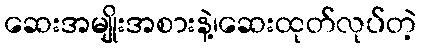
ဆေးအမျိုးအစားနဲ့၊ဆေးထုတ်လုပ်တဲ့